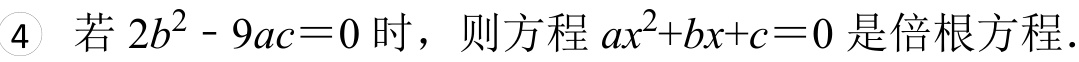
\textcircled{4} 若\(2b^{2}-9ac = 0\)时，则方程\(ax^{2}+bx + c = 0\)是倍根方程.